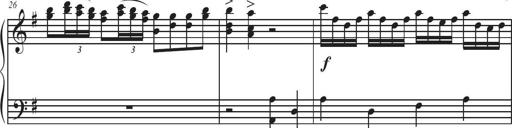
Title: Sonatina Espania
Composer: Jerald Franklin Archer
Key: Various